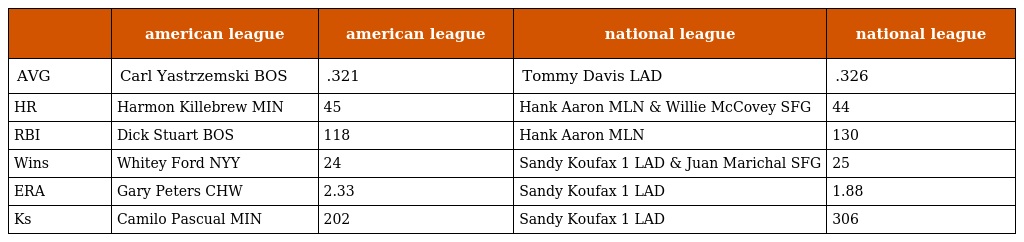
|  | american league | american league | national league | national league |
 | --- | --- | --- | --- | --- |
 | AVG | Carl Yastrzemski BOS | .321 | Tommy Davis LAD | .326 |
 | HR | Harmon Killebrew MIN | 45 | Hank Aaron MLN & Willie McCovey SFG | 44 |
 | RBI | Dick Stuart BOS | 118 | Hank Aaron MLN | 130 |
 | Wins | Whitey Ford NYY | 24 | Sandy Koufax 1 LAD & Juan Marichal SFG | 25 |
 | ERA | Gary Peters CHW | 2.33 | Sandy Koufax 1 LAD | 1.88 |
 | Ks | Camilo Pascual MIN | 202 | Sandy Koufax 1 LAD | 306 |